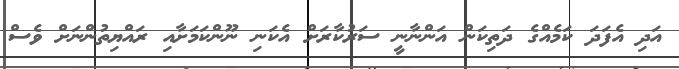
އަދި އެފަދަ ކަމެއްގެ ދަތިކަން އަންނާނީ ސަރުކާރަށް އެކަނި ނޫންކަމަށާއި ރައްޔިތުންނަށް ވެސް